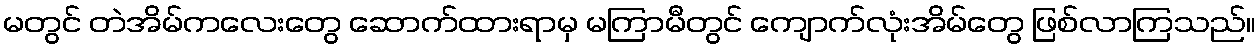
မတွင် တဲအိမ်ကလေးတွေ ဆောက်ထားရာမှ မကြာမီတွင် ကျောက်လုံးအိမ်တွေ ဖြစ်လာကြသည်။